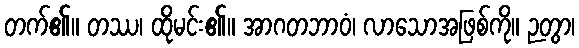
တက်၏။ တဿ၊ ထိုမင်း၏။ အာဂတဘာဝံ၊ လာသောအဖြစ်ကို။ ဉတွာ၊